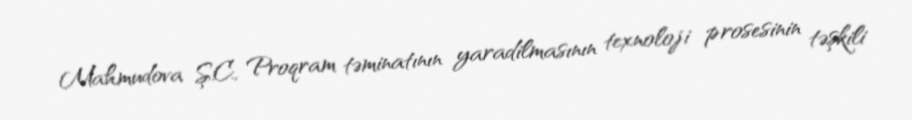
Mahmudova Ş.C., Proqram təminatının yaradilmasının texnoloji prosesinin təşkili